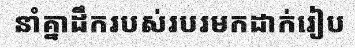
នាំគ្នាដឹករបស់របរមកដាក់រៀប